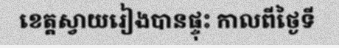
ខេត្តស្វាយរៀងបានផ្ទុះ កាលពីថ្ងៃទី